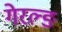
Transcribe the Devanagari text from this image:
गेरल्ङ